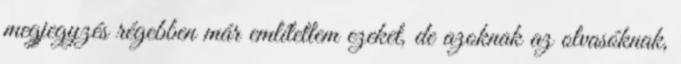
megjegyzés régebben már említettem ezeket, de azoknak az olvasóknak,